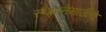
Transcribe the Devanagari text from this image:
स्थापनेसाठीचे